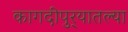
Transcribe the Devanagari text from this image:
कागदीपुर्‍यातल्या